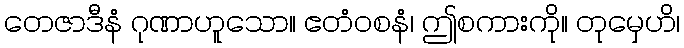
တေဇာဒီနံ ဂုဏာဟူသော။ ဧတံဝစနံ၊ ဤစကားကို။ တုမှေဟိ၊